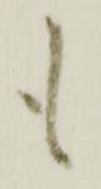
も